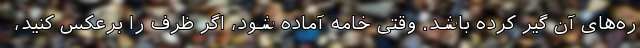
ره‌های آن گیر کرده باشد. وقتی خامه آماده شود، اگر ظرف را برعکس کنید،